Plague in India, 1896, 1897 - Volume 1
Year: 1896
Disease focus: Plague
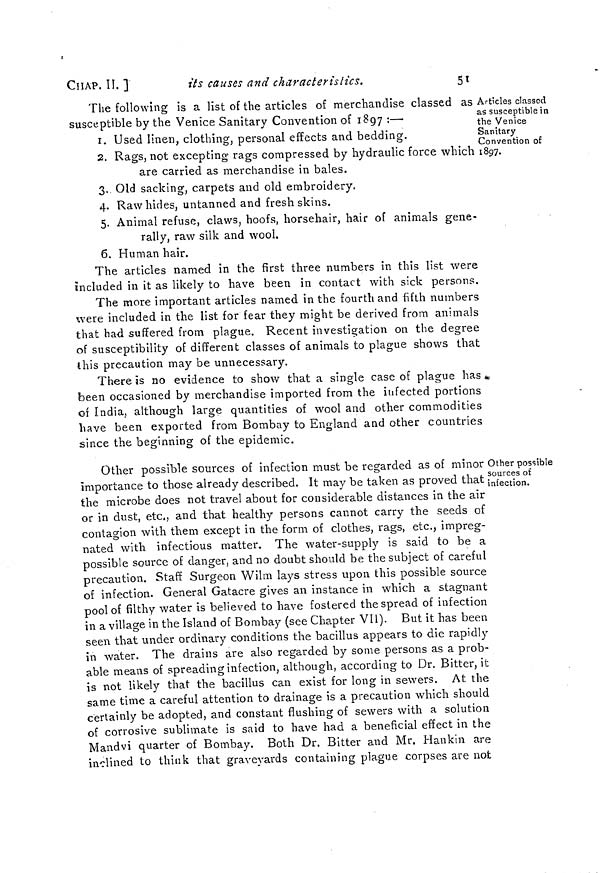
CHAP. II. ]
its causes and characteristics.
51
Articles classed
as susceptible in
the Venice
Sanitary
Convention of
1897.
The following is a list of the articles of merchandise classed as .
susceptible by the Venice Sanitary Convention of 1897 :—
1. Used linen, clothing, personal effects and bedding.
2. Rags, not excepting rags compressed by hydraulic force which
are carried as merchandise in bales.
3. Old sacking, carpets and old embroidery.
4. Rawhides, untanned and fresh skins.
5. Animal refuse, claws, hoofs, horsehair, hair of animals gene-
rally, raw silk and wool.
6. Human hair.
The articles named in the first three numbers in this list were
included in it as likely to have been in contact with sick persons.
The more important articles named in the fourth and fifth numbers
were included in the list for fear they might be derived from animals
that had suffered from plague. Recent investigation on the degree
of susceptibility of different classes of animals to plague shows that
this precaution may be unnecessary.
There is no evidence to show that a single case of plague has
been occasioned by merchandise imported from the infected portions
of India, although large quantities of wool and other commodities
have been exported from Bombay to England and other countries
since the beginning of the epidemic.
Other possible
sources of
infection.
Other possible sources of infection must be regarded as of minor
importance to those already described. It may be taken as proved that
the microbe does not travel about for considerable distances in the air
or in dust, etc., and that healthy persons cannot carry the seeds of
contagion with them except in the form of clothes, rags, etc., impreg-
nated with infectious matter. The water-supply is said to be a
possible source of danger, and no doubt should be the subject of careful
precaution. Staff Surgeon Wilm lays stress upon this possible source
of infection. General Gatacre gives an instance in which a stagnant
pool of filthy water is believed to have fostered the spread of infection
in a village in the Island of Bombay (see Chapter VII). But it has been
seen that under ordinary conditions the bacillus appears to die rapidly
in water. The drains are also regarded by some persons as a prob-
able means of spreading infection, although, according to Dr. Bitter, it
is not likely that the bacillus can exist for long in sewers. At the
same time a careful attention to drainage is a precaution which should
certainly be adopted, and constant flushing of sewers with a solution
of corrosive sublimate is said to have had a beneficial effect in the
Mandvi quarter of Bombay. Both Dr. Bitter and Mr. Hankin are
inclined to think that graveyards containing plague corpses are not